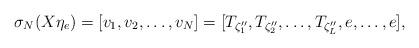
LaTeX: \begin{align*}\sigma_N (X \eta_e) = [v_1 , v_2 , \ldots , v_N ] = [T_{\zeta ''_1} , T_{\zeta ''_2} , \ldots , T_{\zeta ''_L} , e , \ldots , e], \end{align*}